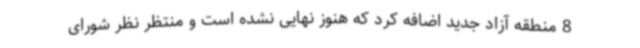
8 منطقه آزاد جدید اضافه کرد که هنوز نهایی نشده است و منتظر نظر شورای